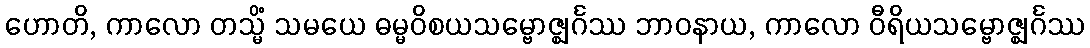
ဟောတိ, ကာလော တသ္မိံ သမယေ ဓမ္မဝိစယသမ္ဗောဇ္ဈင်္ဂဿ ဘာဝနာယ, ကာလော ဝီရိယသမ္ဗောဇ္ဈင်္ဂဿ